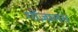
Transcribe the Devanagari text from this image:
गोंज़ालस